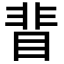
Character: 𥇖